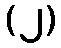
(၂)